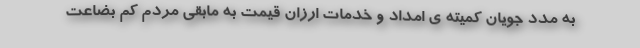
به مدد جویان کمیته ی امداد و خدمات ارزان قیمت به مابقی مردم کم بضاعت